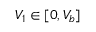
V _ { 1 } \in [ 0 , V _ { b } ]